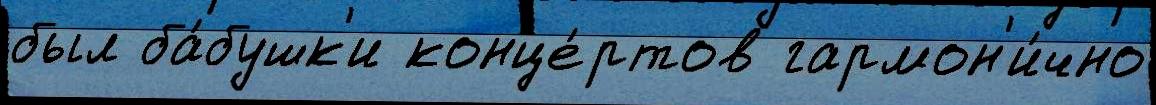
был ба́бушк'и конце́ртов гармон'и́чно